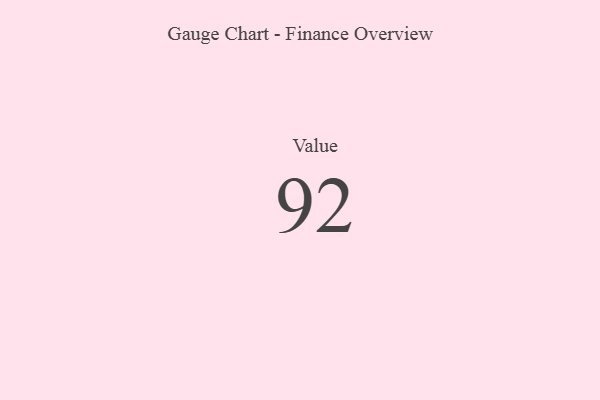
{"axis": {"x": "Metric", "y": "Value"}, "legend": [""], "data": [{"x": "Value", "y": 92, "type": ""}]}